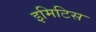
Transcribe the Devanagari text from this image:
इमिटिस